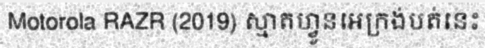
Motorola RAZR (2019) ស្មាតហ្វូនអេក្រង់បត់នេះ